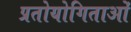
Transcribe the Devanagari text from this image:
प्रतोयोगिताओं